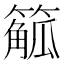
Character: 䉉